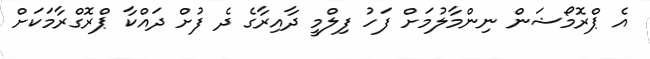
އެ ޕްރޮމޯޝަން ނިންމާލުމަށް ފަހު ފިލްމީ ދާއިރާގެ ދެ ފުށް ދައްކާ ޕްރޮގްރާމަކަށް